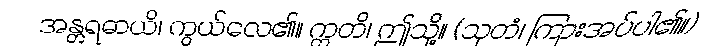
အန္တရဓာယိ၊ ကွယ်လေ၏။ ဣတိ၊ ဤသို့။ (သုတံ၊ ကြားအပ်ပါ၏။)